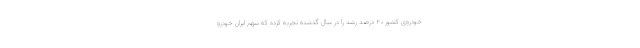
خودروی کشور ۲۰ درصد رشد را در سال گذشته تجربه کرده که سهم ایران خودرو